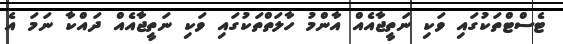
ޓެސްޓްތަކުގައި ވަކި ނަތީޖާއެއް އާންމު ހާލަތްތަކުގައި ވަކި ނަތީޖާއެއް ދައްކާ ނަމަ އެ